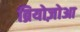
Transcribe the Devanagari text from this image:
ब्रियोज़ोआ